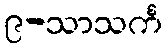
၉-သာသင်္က